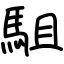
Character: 駔